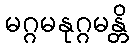
မဂ္ဂမနုဂ္ဂမန္တိ